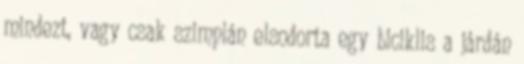
mindezt, vagy csak szimplán elsodorta egy biciklis a járdán